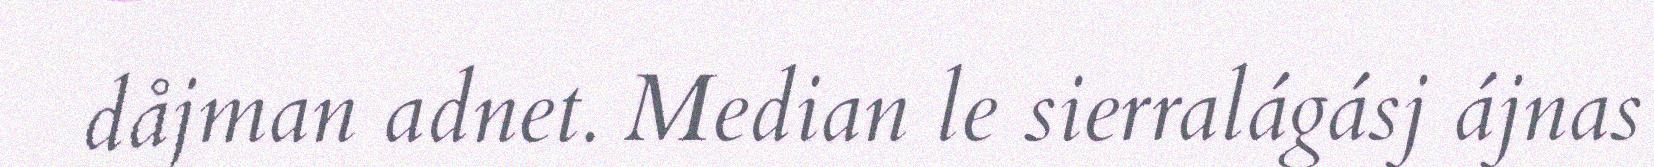
dåjman adnet. Median le sierralágásj ájnas